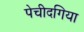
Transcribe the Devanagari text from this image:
पेचीदगिया